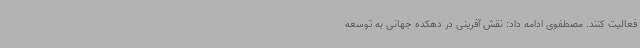
فعالیت کنند. مصطفوی ادامه داد: نقش آفرینی در دهکده جهانی به توسعه